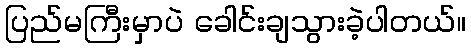
ပြည်မကြီးမှာပဲ ခေါင်းချသွားခဲ့ပါတယ်။